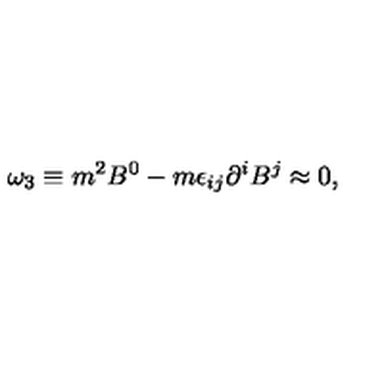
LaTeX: \omega _ { 3 } \equiv m ^ { 2 } B ^ { 0 } - m \epsilon _ { i j } \partial ^ { i } B ^ { j } \approx 0 ,